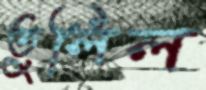
তুলিল